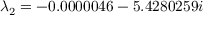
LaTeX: \lambda _ { 2 } = - 0 . 0 0 0 0 0 4 6 - 5 . 4 2 8 0 2 5 9 i